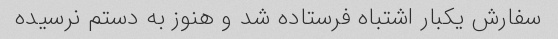
سفارش یکبار اشتباه فرستاده شد و هنوز به دستم نرسیده